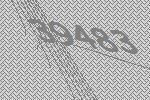
39483